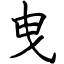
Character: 曳